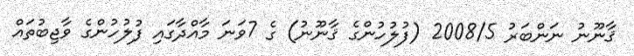
ޤާނޫނު ނަންބަރު 2008/5 (ފުލުހުންގެ ޤާނޫނު) ގެ 7ވަނަ މާއްދާގައި ފުލުހުންގެ ވާޖިބުތައް